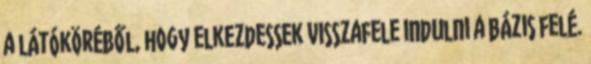
a látóköréből, hogy elkezdessek visszafele indulni a bázis felé.